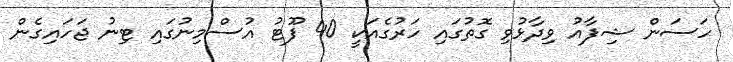
ހަސަން ޝިފާއު ވިދާޅުވި ގޮތުގައި ހަރުގެއަކީ 40 ފޫޓު އުސްމިނުގައި ޓިނު ޖަހައިގެން